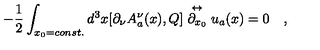
- \frac { 1 } { 2 } \int _ { x _ { 0 } = c o n s t . } d ^ { 3 } x [ \partial _ { \nu } A _ { a } ^ { \nu } ( x ) , Q ] \stackrel { \leftrightarrow } { \partial _ { x _ { 0 } } } u _ { a } ( x ) = 0 \quad ,